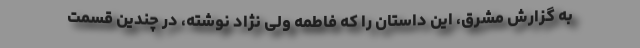
به گزارش مشرق، این داستان را که فاطمه ولی نژاد نوشته، در چندین قسمت